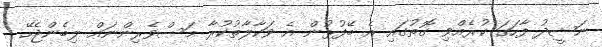
ނަޝީދު ފާހަގަ ކުރެއްވި ގޮތުގައި އެ ބޭފުޅުން އެ ވަކާލާތުކުރާ މަސްވެރިންނައް ލިބެންޖެހޭ